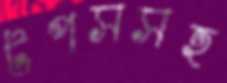
টপসসহ